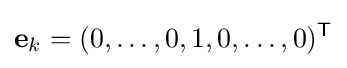
\mathbf {e} _{k}=(0,\dots ,0,1,0,\dots ,0)^{\mathsf {T}}